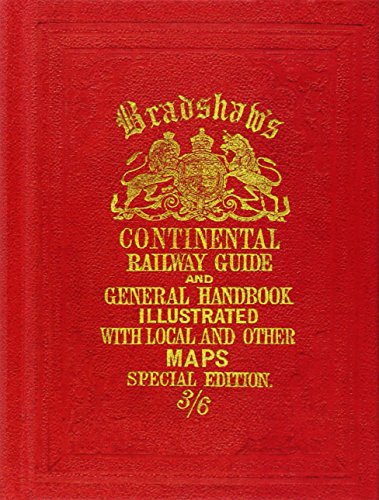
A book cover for Bradshaw's Continental Railway Guide; Bradshaw's; Engineering & Transportation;